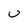
Character: u